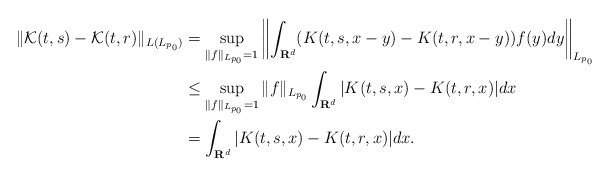
\begin{align*} \|\mathcal{K}(t,s)-\mathcal{K}(t,r)\|_{L(L_{p_0})}&=\sup_{\|f\|_{L_{p_0}}=1}\left\|\int_{\mathbf{R}^{d}}(K(t,s,x-y)-K(t,r,x-y))f(y)dy\right\|_{L_{p_0}}\\ &\leq \sup_{\|f\|_{L_{p_0}}=1}\|f\|_{L_{p_0}}\int_{\mathbf{R}^{d}}|K(t,s,x)-K(t,r,x)|dx\\ &= \int_{\mathbf{R}^{d}}|K(t,s,x)-K(t,r,x)|dx.\end{align*}